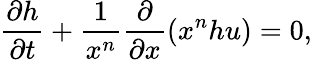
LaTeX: \frac{\partial h}{\partial t}+\frac{1}{x^{n}}\frac{\partial}{\partial x}(x^{n}hu)=0,